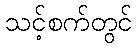
သင့်စက်တွင်